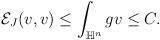
LaTeX: \begin{align*} \begin{aligned} \mathcal{E}_J(v,v)\leq \int _{\mathbb{H}^n}g v \leq C. \end{aligned} \end{align*}